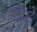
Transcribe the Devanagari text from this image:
१६४४ई